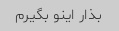
بذار اینو بگیرم